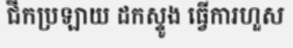
ជីកប្រឡាយ ដកស្ទូង ធ្វើការហួស